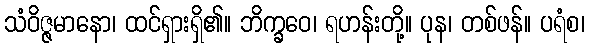
သံဝိဇ္ဇမာနော၊ ထင်ရှားရှိ၏။ ဘိက္ခဝေ၊ ရဟန်းတို့။ ပုန၊ တစ်ဖန်။ ပရံစ၊